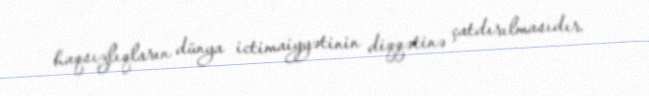
haqsızlıqların dünya ictimaiyyətinin diqqətinə çatdırılmasıdır.